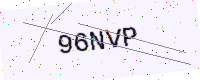
Text: 96NVP